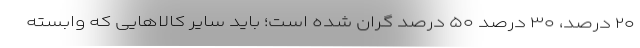
۲۰ درصد، ۳۰ درصد ۵۰ درصد گران شده است؛ باید سایر کالاهایی که وابسته